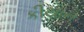
કીયાન